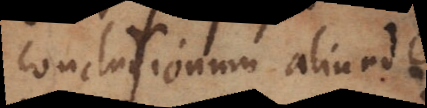
conclusionum aliunde